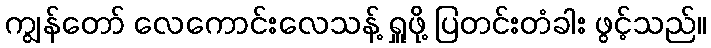
ကျွန်တော် လေကောင်းလေသန့် ရှူဖို့ ပြတင်းတံခါး ဖွင့်သည်။